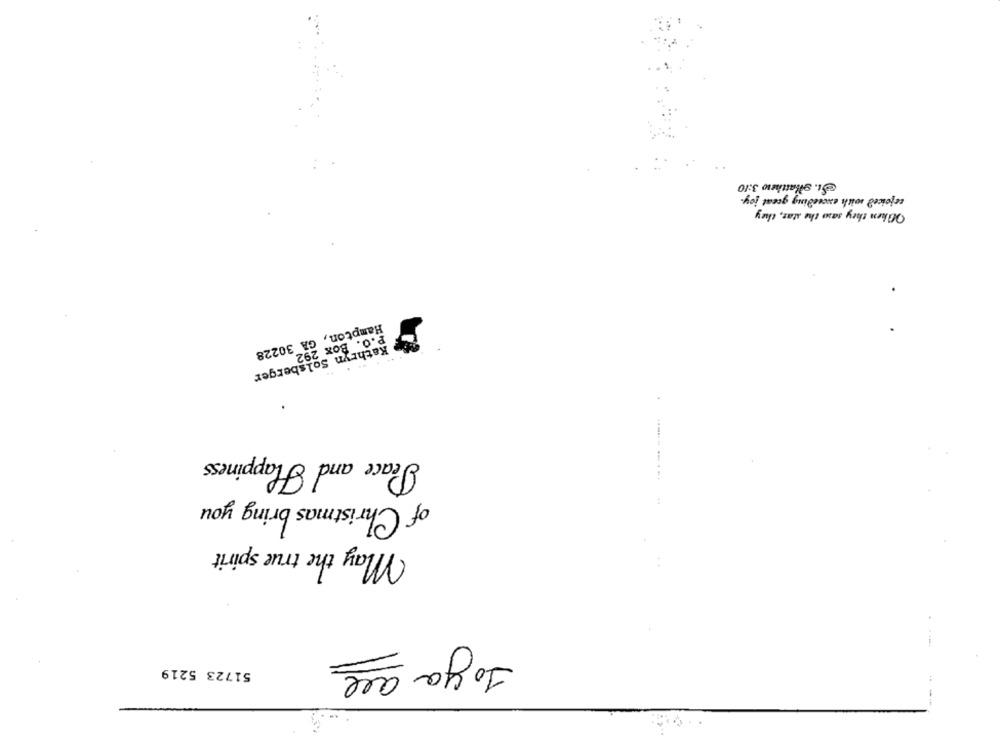
St. gllatthew 3:10
tefoiced with exceeding great joy.
OWhen they saw the star, they
Hampton, GA 30228
P.O. Box 292
Se Kathryn Solsberger
.
Happiness
Peace and Ha
------.
of Christmas bring you
May the true spirit
To you are
51723 5219